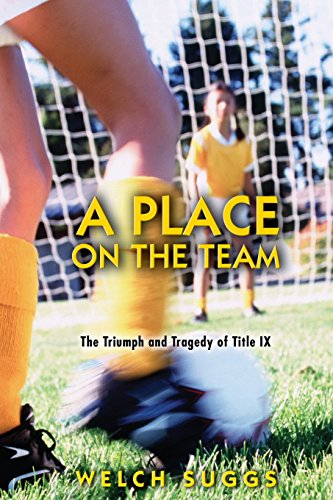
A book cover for A Place on the Team: The Triumph and Tragedy of Title IX (Princeton Paperbacks); Welch Suggs; Law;